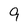
Character: 9